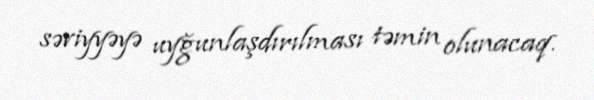
səviyyəyə uyğunlaşdırılması təmin olunacaq.